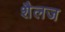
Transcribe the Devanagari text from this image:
शैलज